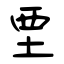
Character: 垔